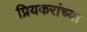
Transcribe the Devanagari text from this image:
प्रियकरांच्या